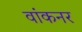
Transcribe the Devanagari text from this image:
वांकनर